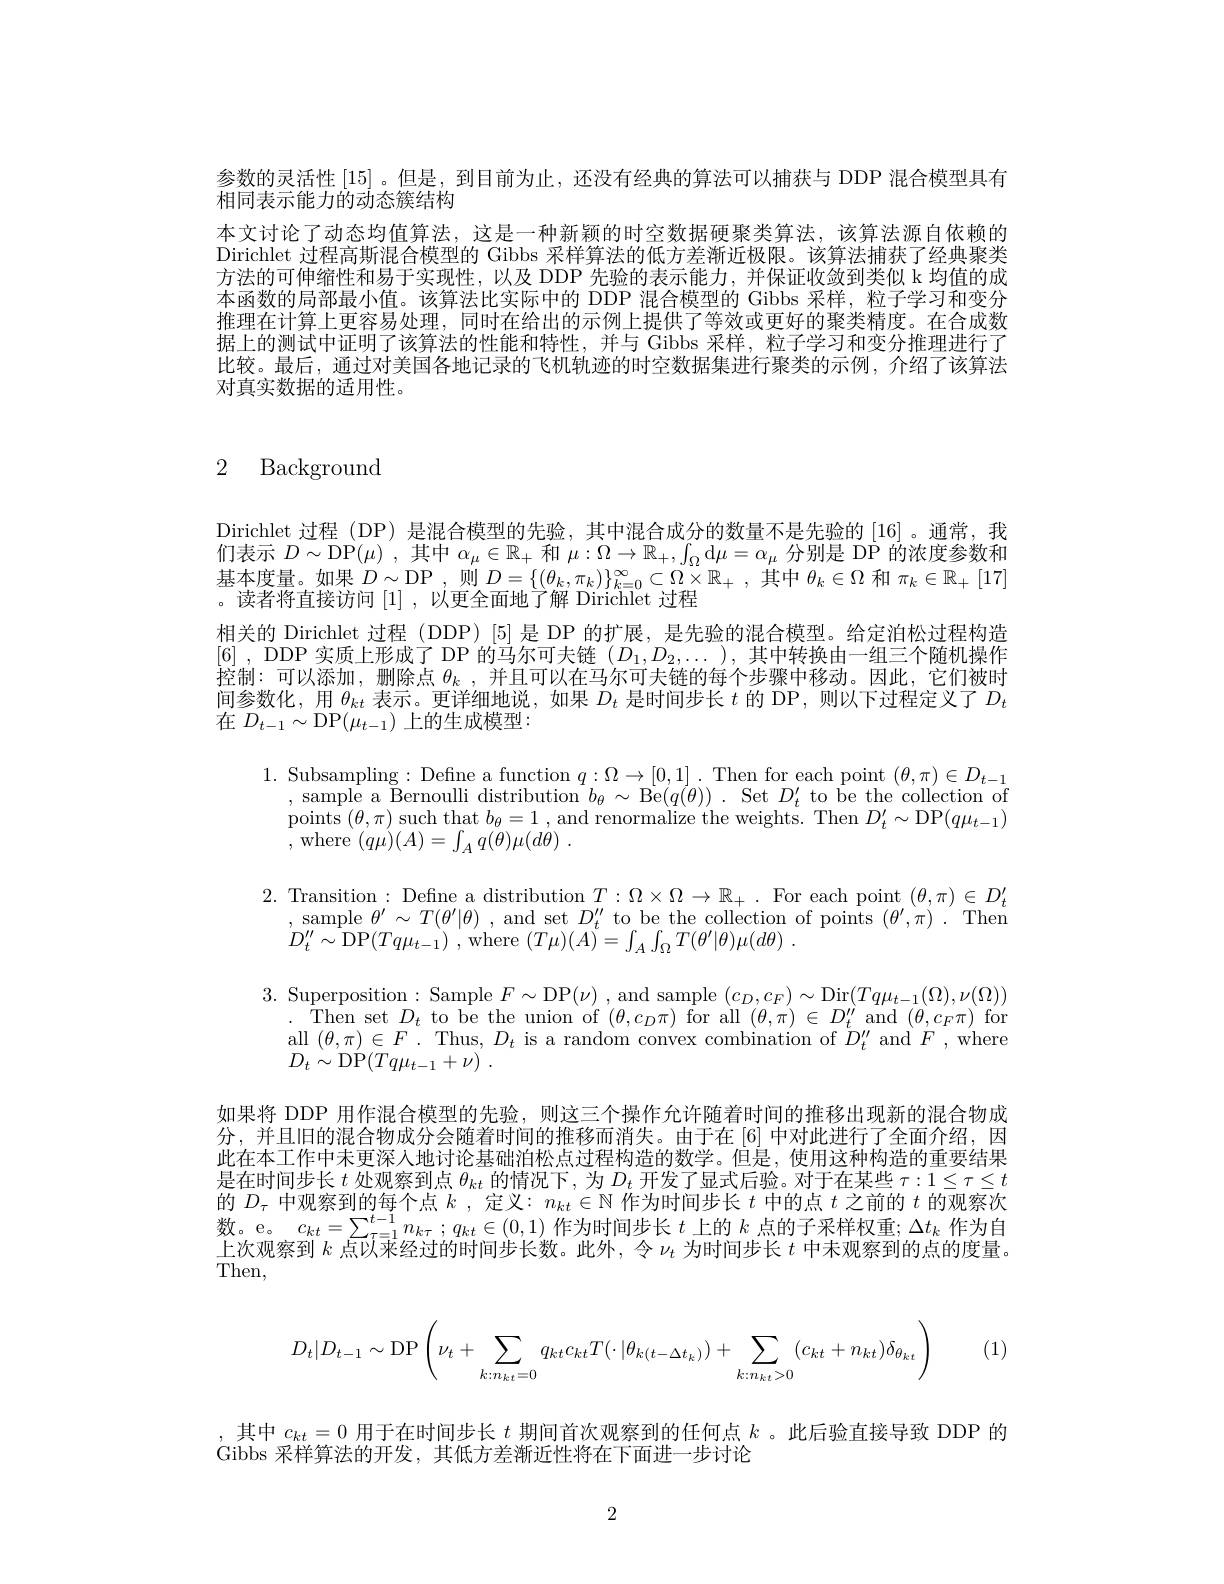
参数的灵活性[15] 。但是，到目前为止，还没有经典的算法可以捕获与 DDP 混合模型具有
相同表示能力的动态簇结构

本文讨论了动态均值算法，这是一种新颖的时空数据硬聚类算法，该算法源自依赖的Dirichlet 过程高斯混合模型的 Gibbs 采样算法的低方差渐近极限。该算法捕获了经典聚类方法的可伸缩性和易于实现性，以及 DDP 先验的表示能力，并保证收敛到类似 k 均值的成本函数的局部最小值。该算法比实际中的 DDP 混合模型的 Gibbs 采样，粒子学习和变分推理在计算上更容易处理，同时在给出的示例上提供了等效或更好的聚类精度。在合成数据上的测试中证明了该算法的性能和特性，并与 Gibbs 采样，粒子学习和变分推理进行了比较。最后，通过对美国各地记录的飞机轨迹的时空数据集进行聚类的示例，介绍了该算法对真实数据的适用性。

2 Background

Dirichlet 过程 (DP) 是混合模型的先验，其中混合成分的数量不是先验的 [16]。通常，我们表示$D\sim$DP$(\mu)$ ,其中$\alpha_\mu\in\mathbb{R}_+$和$\mu:\Omega\to\mathbb{R}_+,\int_\Omega$d$\mu=\alpha_\mu$分别是 DP 的浓度参数和基本度量。如果$D\sim$DP,则$D=\{(\theta_k,\pi_k)\}_{k=0}^\infty\subset\Omega\times\mathbb{R}_+$,其中$\theta_k\in\Omega$和$\pi_k\in\mathbb{R}_+[17]$ 。读者将直接访问[1],以更全面地了解 Dirichlet 过程
相关的 Dirichlet 过程 (DDP)[5]是 DP 的扩展，是先验的混合模型。给定泊松过程构造[6] , DDP 实 质 上 形 成 了 DP 的 马 尔 可 夫 链 ( $D_1, D_2, \ldots )$ ,其中转换由一组三个随机操作控制：可以添加，删除点$\theta_k$ ,并且可以在马尔可夫链的每个步骤中移动。因此，它们被时间参数化，用$\theta_kt$表示。更详细地说，如果$D_t$是时间步长$t$的 DP,则以下过程定义了$D_t$ 在$D_{t-1}\sim$DP$(\mu_t-1)$上的生成模型：

1. Subsampling: Defne a function $q:\Omega\to[0,1].$ Then for each point $(\theta,\pi)\in D_t-1$
,sample a Bernoulli distribution $b_\theta\sim$ Be$(q(\theta)).$ Set $D_t^{\prime}$ to be the collection of points $(\theta,\pi)$ such that $b_\theta=1$ , and renormalize the weights. Then $D_t^{\prime}\sim$DP$(q\mu_{t-1})$ ,where$( q\mu ) ( A) = \int _Aq( \theta ) \mu ( d\theta )$ .

2.Transition: Define a distribution $T: \Omega \times \Omega \to \mathbb{R} _{+ }$ .For each point $( \theta , \pi ) \in D_{t}^{\prime }$ ,sample $\theta ^{\prime }\sim T( \theta ^{\prime }| \theta )$ , and set $D_{t}^{\prime \prime }$ to be the collection of points $( \theta ^{\prime }, \pi )$ .Then $D_{t}^{\prime \prime }\sim$DP$( Tq\mu _{t- 1})$ ,where $( T\mu ) ( A) = \int _{A}\int _{\Omega }T( \theta ^{\prime }$

3. Superposition: Sample $F\sim$DP$(\nu)$ , and sample $(c_D,c_F)\sim$Dir$(Tq\mu_{t-1}(\Omega),\nu(\Omega))$
$\begin{array}{ll}{\mathrm{Then~set~}D_{t}~\mathrm{to~be~the~union~of~}(\theta,c_{D}\pi)~\mathrm{for~all~}(\theta,\pi)\in~D_{t}^{\prime\prime}~\mathrm{and~}(\theta,c_{F}\pi)~\mathrm{for}}\\{\mathrm{all~}(\theta,\pi)\in F.~\mathrm{Thus,~}D_{t}~\mathrm{is~a~random~convex~combination~of~}D_{t}^{\prime\prime}~\mathrm{and~}F~,~\mathrm{where}}\end{array}$
$D_{t}\sim$DP$( Tq\mu _{t- 1}+ \nu )$ .

如果将 DDP 用作混合模型的先验，则这三个操作允许随着时间的推移出现新的混合物成分，并且旧的混合物成分会随着时间的推移而消失。由于在[6]中对此进行了全面介绍，因此在本工作中未更深入地讨论基础泊松点过程构造的数学。但是，使用这种构造的重要结果是在时间步长$t$处观察到点$\theta_kt$的情况下，为$D_t$开发了显式后验。对于在某些$\tau:1\leq\tau\leq t$ 的$D_\tau$中观察到的每个点$k$ ,定义：$n_kt\in\mathbb{N}$作为时间步长$t$中的点$t$之前的$t$的观察次数。e。$c_kt=\sum_{\tau=1}^{t-1}n_{k\tau};q_{kt}\in(0,1)$作为时间步长$t$上的$k$点的子采样权重$;\Delta t_k$作为自上次观察到$k$点以来经过的时间步长数。此外，令$\nu_t$为时间步长$t$中未观察到的点的度量。Then,

(1)
$$D_t|D_{t-1}\sim\mathrm{DP}\left(\nu_t+\sum_{k:n_{kt}=0}q_{kt}c_{kt}T(\cdot|\theta_{k(t-\Delta t_k)})+\sum_{k:n_{kt}>0}(c_{kt}+n_{kt})\delta_{\theta_{kt}}\right)$$
,其中$c_{kt}=0$用于在时间步长$t$期间首次观察到的任何点$k$ 。此后验直接导致 DDP 的
Gibbs 采样算法的开发，其低方差渐近性将在下面进一步讨论

2